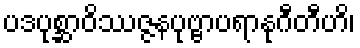
ပဒပုစ္ဆာဝိဿဇ္ဇနပုဗ္ဗာပရာနုဂီတီဟိ၊